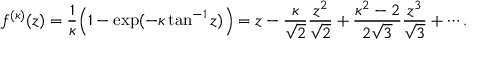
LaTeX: f ^ { ( \kappa ) } ( z ) = \frac { 1 } { \kappa } \Bigl ( 1 - \exp ( - \kappa \tan ^ { - 1 } z ) \Bigr ) = z - \frac { \kappa } { \sqrt { 2 } } \frac { z ^ { 2 } } { \sqrt { 2 } } + \frac { \kappa ^ { 2 } - 2 } { 2 \sqrt { 3 } } \frac { z ^ { 3 } } { \sqrt { 3 } } + \cdots .